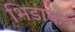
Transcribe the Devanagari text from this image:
भिडाकर